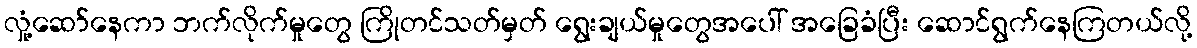
လှုံ့ဆော်နေကာ ဘက်လိုက်မှုတွေ ကြိုတင်သတ်မှတ် ရွေးချယ်မှုတွေအပေါ် အခြေခံပြီး ဆောင်ရွက်နေကြတယ်လို့